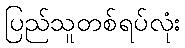
ပြည်သူတစ်ရပ်လုံး